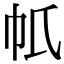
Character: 𢁤